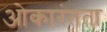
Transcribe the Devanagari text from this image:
ओकारंतता